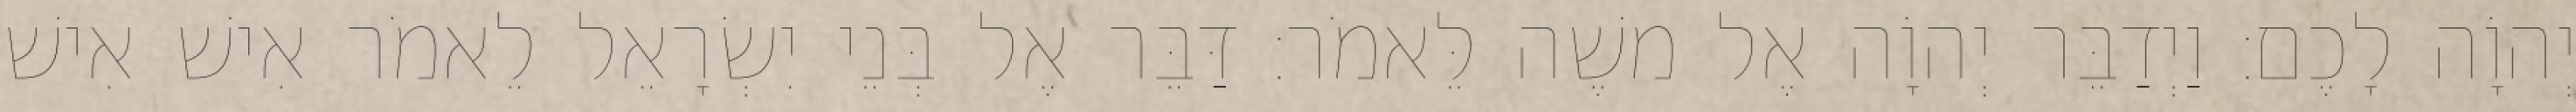
יְהוָֹה לָכֶם׃ וַיְדַבֵּר יְהוָֹה אֶל משֶׁה לֵּאמֹר׃ דַּבֵּר אֶל בְּנֵי יִשְׂרָאֵל לֵאמֹר אִישׁ אִישׁ